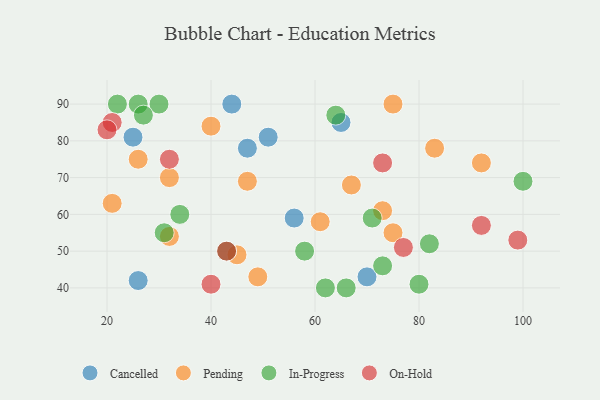
{"axis": {"x": "GDP", "y": "Life Expectancy"}, "legend": ["Cancelled", "In-Progress", "On-Hold", "Pending"], "data": [{"x": "51", "y": 81, "type": "Cancelled"}, {"x": "47", "y": 78, "type": "Cancelled"}, {"x": "70", "y": 43, "type": "Cancelled"}, {"x": "25", "y": 81, "type": "Cancelled"}, {"x": "26", "y": 42, "type": "Cancelled"}, {"x": "65", "y": 85, "type": "Cancelled"}, {"x": "44", "y": 90, "type": "Cancelled"}, {"x": "56", "y": 59, "type": "Cancelled"}, {"x": "26", "y": 75, "type": "Pending"}, {"x": "40", "y": 84, "type": "Pending"}, {"x": "67", "y": 68, "type": "Pending"}, {"x": "45", "y": 49, "type": "Pending"}, {"x": "21", "y": 63, "type": "Pending"}, {"x": "49", "y": 43, "type": "Pending"}, {"x": "92", "y": 74, "type": "Pending"}, {"x": "73", "y": 61, "type": "Pending"}, {"x": "32", "y": 54, "type": "Pending"}, {"x": "75", "y": 90, "type": "Pending"}, {"x": "47", "y": 69, "type": "Pending"}, {"x": "61", "y": 58, "type": "Pending"}, {"x": "32", "y": 70, "type": "Pending"}, {"x": "75", "y": 55, "type": "Pending"}, {"x": "83", "y": 78, "type": "Pending"}, {"x": "34", "y": 60, "type": "In-Progress"}, {"x": "100", "y": 69, "type": "In-Progress"}, {"x": "26", "y": 90, "type": "In-Progress"}, {"x": "58", "y": 50, "type": "In-Progress"}, {"x": "80", "y": 41, "type": "In-Progress"}, {"x": "66", "y": 40, "type": "In-Progress"}, {"x": "30", "y": 90, "type": "In-Progress"}, {"x": "27", "y": 87, "type": "In-Progress"}, {"x": "62", "y": 40, "type": "In-Progress"}, {"x": "43", "y": 50, "type": "In-Progress"}, {"x": "64", "y": 87, "type": "In-Progress"}, {"x": "31", "y": 55, "type": "In-Progress"}, {"x": "73", "y": 46, "type": "In-Progress"}, {"x": "22", "y": 90, "type": "In-Progress"}, {"x": "82", "y": 52, "type": "In-Progress"}, {"x": "71", "y": 59, "type": "In-Progress"}, {"x": "99", "y": 53, "type": "On-Hold"}, {"x": "21", "y": 85, "type": "On-Hold"}, {"x": "73", "y": 74, "type": "On-Hold"}, {"x": "32", "y": 75, "type": "On-Hold"}, {"x": "20", "y": 83, "type": "On-Hold"}, {"x": "77", "y": 51, "type": "On-Hold"}, {"x": "43", "y": 50, "type": "On-Hold"}, {"x": "40", "y": 41, "type": "On-Hold"}, {"x": "92", "y": 57, "type": "On-Hold"}]}